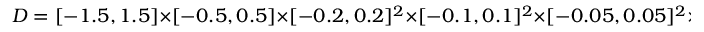
D = [ - 1 . 5 , 1 . 5 ] \times [ - 0 . 5 , 0 . 5 ] \times [ - 0 . 2 , 0 . 2 ] ^ { 2 } \times [ - 0 . 1 , 0 . 1 ] ^ { 2 } \times [ - 0 . 0 5 , 0 . 0 5 ] ^ { 2 } \times [ - 0 . 0 2 , 0 . 0 2 ]